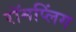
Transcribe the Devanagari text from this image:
रॉमप्लिंग